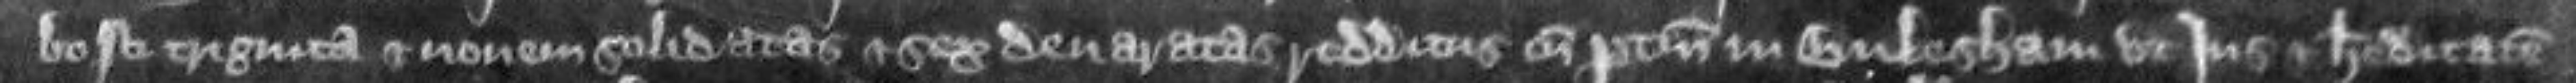
bosci triginta et novem solidatas et sex denaratas redditus cum pertinenciis in Bulesham ut jus et hereditatem